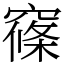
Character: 窱